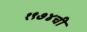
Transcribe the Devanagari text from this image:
१९७४ची